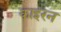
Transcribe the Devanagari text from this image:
काइरन